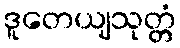
ဒူတေယျသုတ္တံ